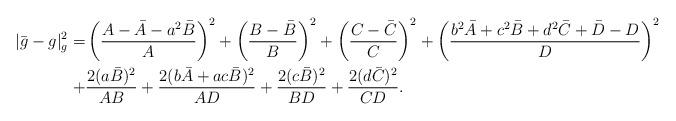
LaTeX: \begin{align*}|\bar{g}-g|_{g}^{2}=&\left(\frac{A-\bar{A}-a^{2}\bar{B}}{A}\right)^{2}+\left(\frac{B-\bar{B}}{B}\right)^{2}+\left(\frac{C-\bar{C}}{C}\right)^{2}+\left(\frac{b^{2}\bar{A}+c^{2}\bar{B}+d^{2}\bar{C}+\bar{D}-D}{D}\right)^{2}\\ +&\frac{2(a\bar{B})^{2}}{AB}+\frac{2(b\bar{A}+ac\bar{B})^{2}}{AD}+\frac{2(c\bar{B})^{2}}{BD}+\frac{2(d\bar{C})^{2}}{CD}.\\ \end{align*}